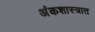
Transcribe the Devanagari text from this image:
अंकशास्त्रात